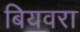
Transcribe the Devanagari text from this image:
बियवरा